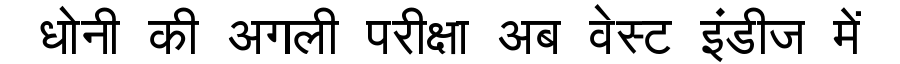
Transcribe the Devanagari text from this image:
धोनी की अगली परीक्षा अब वेस्ट इंडीज में